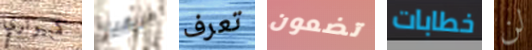
كمبيوتري افريقيا تعرف تضعون خطابات لن